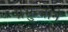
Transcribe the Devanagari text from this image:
प्रभुत्वाने